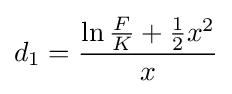
d_{1}={\frac {\ln {\frac {F}{K}}+{\frac {1}{2}}x^{2}}{x}}